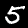
Digit: 5